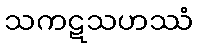
သကဋသဟဿံ